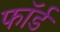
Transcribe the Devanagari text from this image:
फॉर्ड